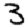
Digit: 3